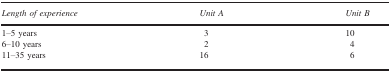
<table><thead><tr><td><b>Length of experience</b></td><td><b>Unit A</b></td><td><b>Unit B</b></td></tr></thead><tbody><tr><td>1–5 years</td><td>3</td><td>10</td></tr><tr><td>6–10 years</td><td>2</td><td>4</td></tr><tr><td>11–35 years</td><td>16</td><td>6</td></tr></tbody></table>